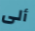
ألى